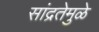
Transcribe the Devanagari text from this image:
सांद्रतेमुळे